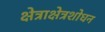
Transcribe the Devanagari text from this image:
क्षेत्राक्षेत्रशोधन